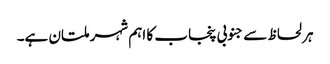
ہر لحاظ سے جنوبی پنجاب کا اہم شہر ملتان ہے۔